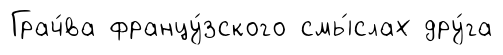
Грач́ва францу́зского смы́слах дру́га